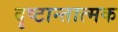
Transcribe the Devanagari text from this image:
दृष्टान्तात्मक